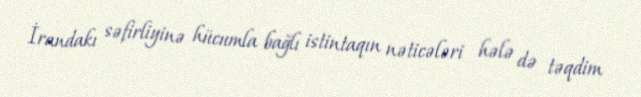
İrandakı səfirliyinə hücumla bağlı istintaqın nəticələri hələ də təqdim